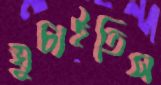
ঘুচাইতিস